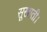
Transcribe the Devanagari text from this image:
सूखाती।